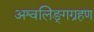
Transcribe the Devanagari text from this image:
अश्वलिङ्गग्रहण